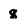
Character: q